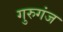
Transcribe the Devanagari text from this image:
गुरुगंज